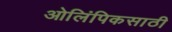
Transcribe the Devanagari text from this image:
ओलिंपिकसाठी